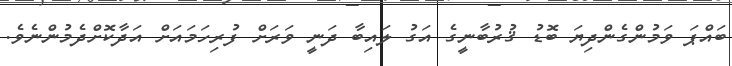
ބައްޕަ ވަމުންގެންދިޔަ ބޮޑު ޤުރުބާނީގެ އަގު ލައިބާ ދަނީ ވަރަށް ފުރިހަމައަށް އަދާކޮށްދެމުންނެވެ.